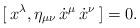
LaTeX: \begin{align*}[\: x^\lambda , \eta_{\mu \nu} \, \dot x^\mu \, \dot x^\nu \:] = 0.\end{align*}